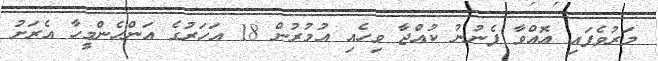
މަރުވެފައި އޮއްވާ ފެނުނު ކުއްޖާ ވިހެއި އުމުރުން 18 އަހަރުގެ އަންހެންމީހާ އެރަށު